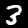
Label: 3